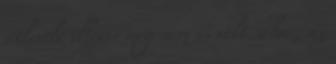
útlevele illetve még nem is volt soha , az